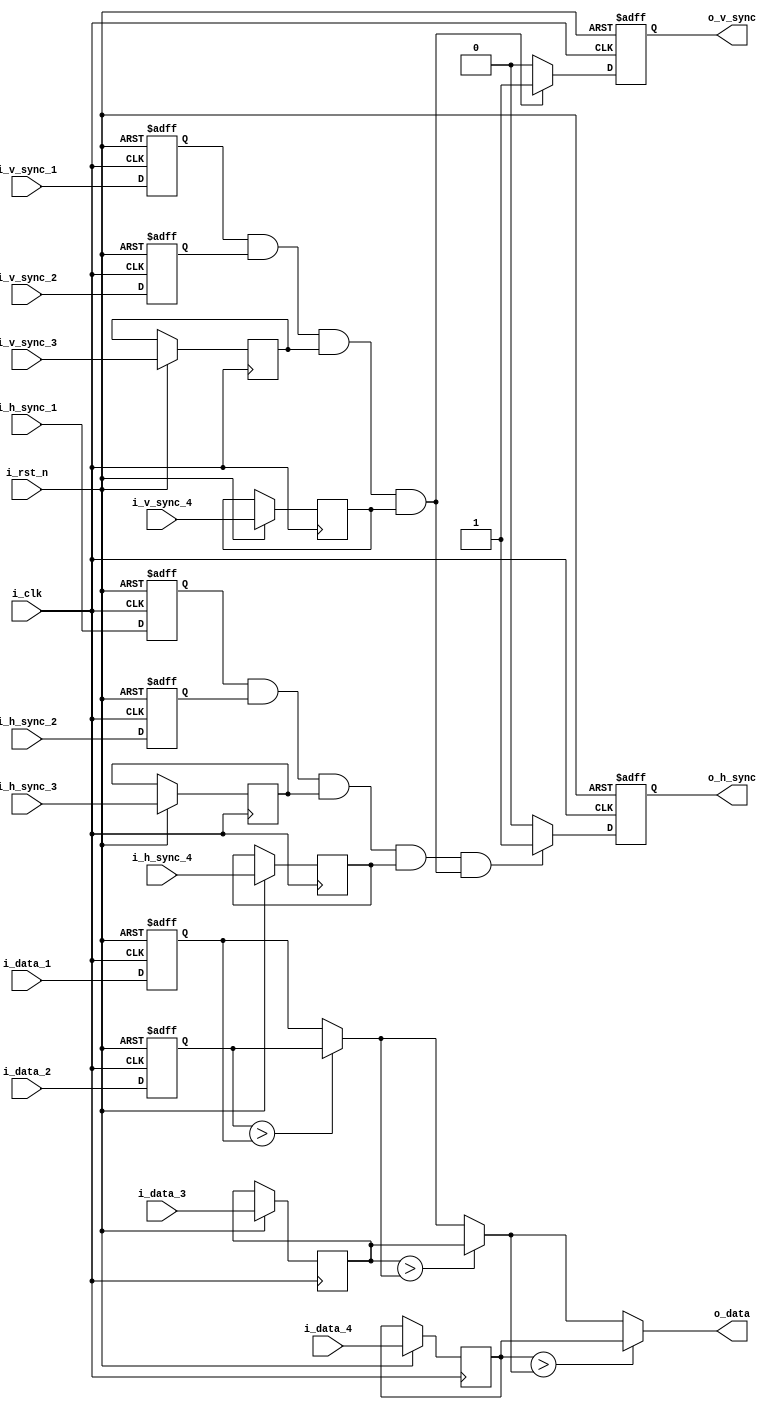
`timescale 1ns / 1ps
//////////////////////////////////////////////////////////////////////////////////
// Company: 
// 
// Design Name: 
// Module Name: find_max_value_on_zaxis_4sacles
// Project Name: 
// Target Devices: 
// Tool Versions: 
// Description: 
// 
// Dependencies: 
// 
// Revision:
// Revision 0.01 - File Created
// Additional Comments:
// 
//////////////////////////////////////////////////////////////////////////////////


module find_max_value_on_zaxis_4sacles
#(
    parameter          P_DATA_WIDTH =  32
)
(
    input                       i_clk       ,
    input                       i_rst_n     ,

    input                       i_v_sync_1  ,
    input                       i_h_sync_1  ,
    input   [P_DATA_WIDTH-1:0]  i_data_1    ,
    input                       i_v_sync_2  ,
    input                       i_h_sync_2  ,
    input   [P_DATA_WIDTH-1:0]  i_data_2    ,
    input                       i_v_sync_3  ,
    input                       i_h_sync_3  ,
    input   [P_DATA_WIDTH-1:0]  i_data_3    ,
    input                       i_v_sync_4  ,
    input                       i_h_sync_4  ,
    input   [P_DATA_WIDTH-1:0]  i_data_4    ,

    output                      o_v_sync    ,
    output                      o_h_sync    ,
    output  [P_DATA_WIDTH-1:0]  o_data       

);

//input register
reg                     ri_v_sync_1 ;
reg                     ri_h_sync_1 ;
reg [P_DATA_WIDTH-1:0]  ri_data_1   ;
reg                     ri_v_sync_2 ;
reg                     ri_h_sync_2 ;
reg [P_DATA_WIDTH-1:0]  ri_data_2   ;
reg                     ri_v_sync_3 ;
reg                     ri_h_sync_3 ;
reg [P_DATA_WIDTH-1:0]  ri_data_3   ;
reg                     ri_v_sync_4 ;
reg                     ri_h_sync_4 ;
reg [P_DATA_WIDTH-1:0]  ri_data_4   ;

//output register
reg                     ro_v_sync   ;
reg                     ro_h_sync   ;
reg [P_DATA_WIDTH-1:0]  ro_data     ;

//tmeporary register
wire                    r_v_valid_sync;
wire                    r_h_valid_sync;
wire                    r_h_valid     ;
reg  [P_DATA_WIDTH-1:0] r_temp_data [3:0]   ;

//assign output
assign o_v_sync   = ro_v_sync   ;
assign o_h_sync   = ro_h_sync   ;
assign o_data     = ro_data     ;

assign r_v_valid_sync = ri_v_sync_1 && ri_v_sync_2 && ri_v_sync_3 && ri_v_sync_4;
assign r_h_valid_sync = ri_h_sync_1 && ri_h_sync_2 && ri_h_sync_3 && ri_h_sync_4;
assign r_h_valid      = r_h_valid_sync && r_v_valid_sync;

//input register
always @(posedge i_clk or negedge i_rst_n) begin
    if(~i_rst_n) begin
        ri_v_sync_1 <= 1'b0;
        ri_h_sync_1 <= 1'b0;
        ri_data_1   <= 32'b0;
        ri_v_sync_2 <= 1'b0;
        ri_h_sync_2 <= 1'b0;
        ri_data_2   <= 32'b0;
    end else begin
        ri_v_sync_1 <= i_v_sync_1   ;
        ri_h_sync_1 <= i_h_sync_1   ;
        ri_data_1   <= i_data_1     ;
        ri_v_sync_2 <= i_v_sync_2   ;
        ri_h_sync_2 <= i_h_sync_2   ;
        ri_data_2   <= i_data_2     ;
        ri_v_sync_3 <= i_v_sync_3   ;
        ri_h_sync_3 <= i_h_sync_3   ;
        ri_data_3   <= i_data_3     ;
        ri_v_sync_4 <= i_v_sync_4   ;
        ri_h_sync_4 <= i_h_sync_4   ;
        ri_data_4   <= i_data_4     ;
    end
end

always @(posedge i_clk or negedge i_rst_n) begin
    if(~i_rst_n)
        ro_v_sync <= 1'b0;
    else if(r_v_valid_sync)
        ro_v_sync <= 1'b1;
    else
        ro_v_sync <= 1'b0;
end

always @(posedge i_clk or negedge i_rst_n) begin
    if(~i_rst_n)
        ro_h_sync <= 1'b0;
    else if(r_h_valid)
        ro_h_sync <= 1'b1;
    else
        ro_h_sync <= 1'b0;
end

integer i;
always @(*) begin
    //intial temp data
    r_temp_data[0] = ri_data_1;
    r_temp_data[1] = ri_data_2;
    r_temp_data[2] = ri_data_3;
    r_temp_data[3] = ri_data_4;
    //Start with the first value as the maximum
    ro_data = r_temp_data[0];
    //Loop through the rest of the values and compare them to the current maximum
    for(i = 0; i < 4; i = i + 1) begin
        if(r_temp_data[i] > ro_data)
            ro_data = r_temp_data[i];
        else
            ro_data = ro_data;
    end
end

endmodule